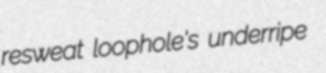
resweat loophole's underripe